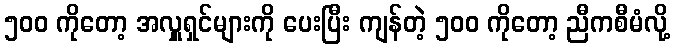
၅၀၀ ကိုတော့ အလှူရှင်များကို ပေးပြီး ကျန်တဲ့ ၅၀၀ ကိုတော့ ညီကစီမံလို့